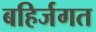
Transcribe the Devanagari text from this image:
बहिर्जगत